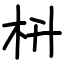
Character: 枡